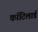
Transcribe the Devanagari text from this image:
कॉटिलार्ड